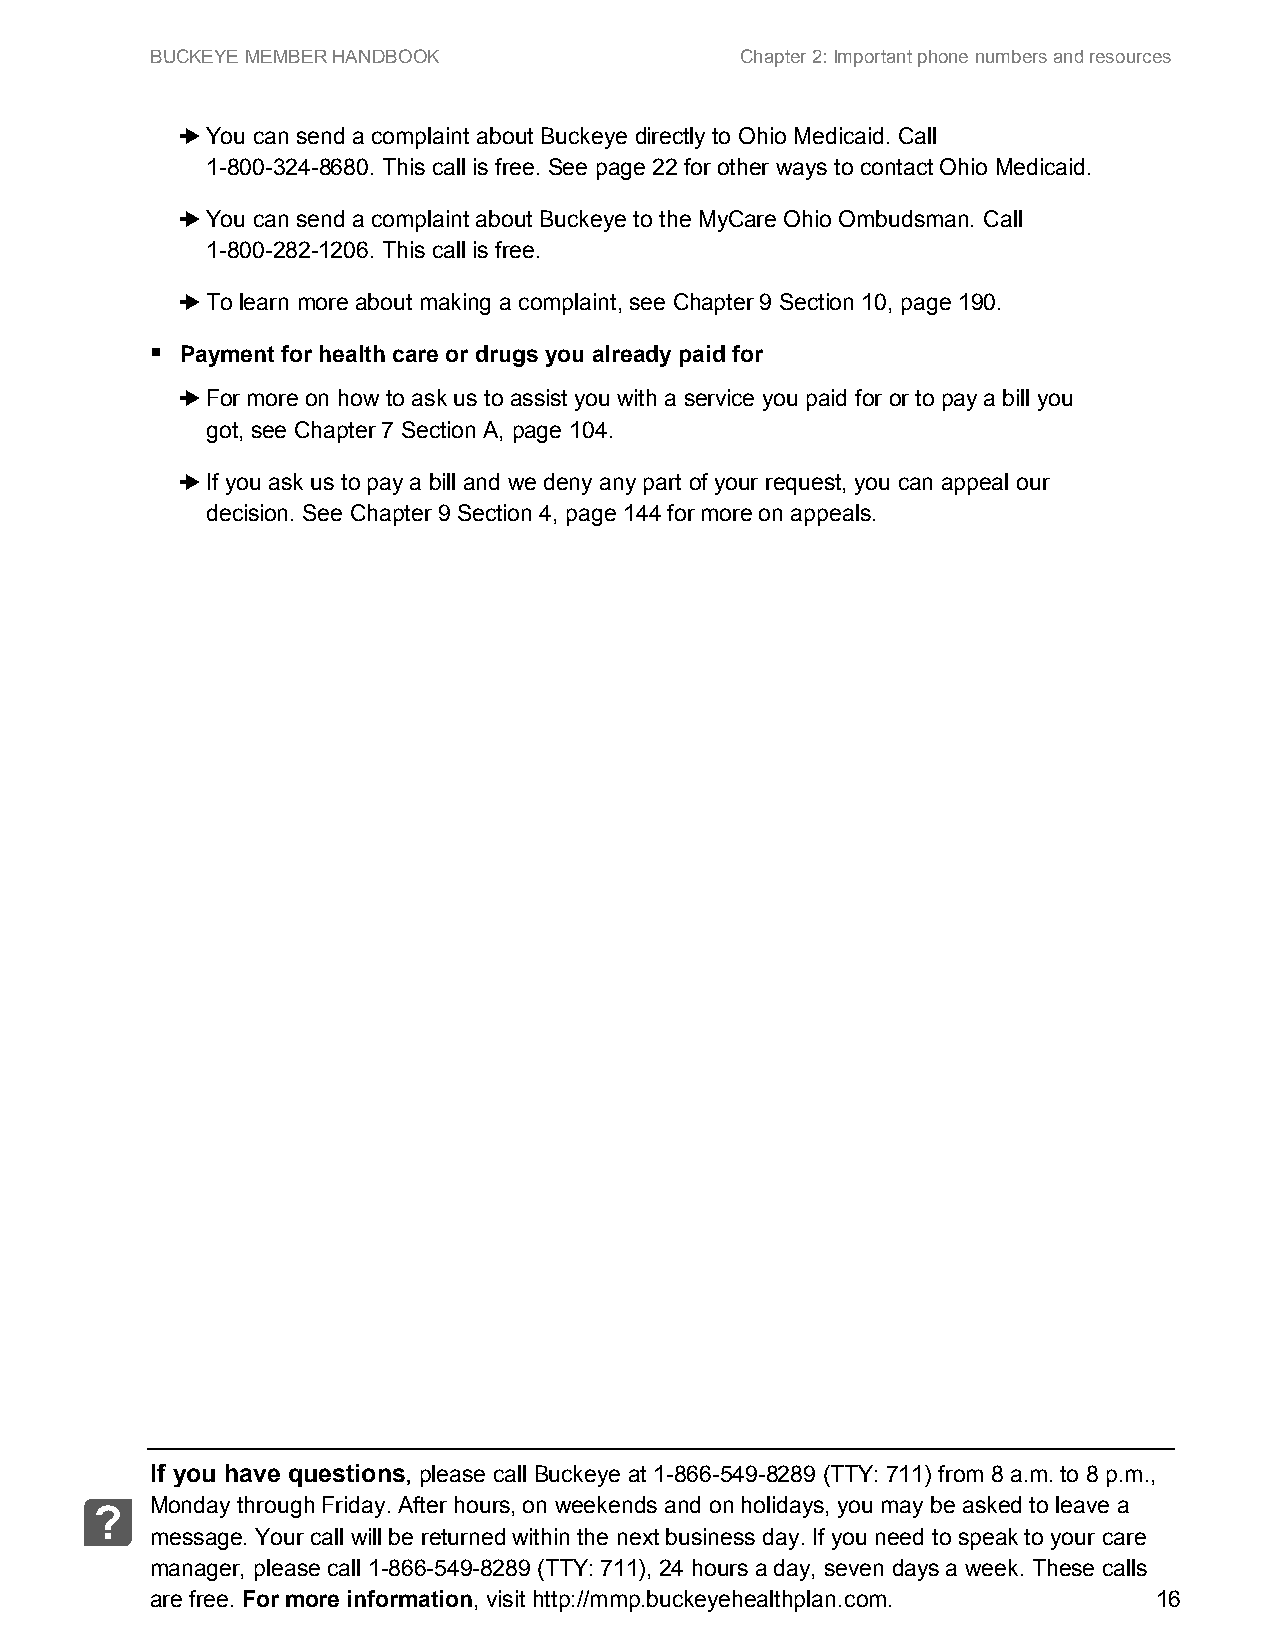
BUCKEYE MEMBER HANDBOOK                Chapter 2: Important phone numbers and resources
 ➜ You can send a complaint about Buckeye directly to Ohio Medicaid. Call
 1-800-324-8680. This call is free. See page 22 for other ways to contact Ohio Medicaid.
 ➜ You can send a complaint about Buckeye to the MyCare Ohio Ombudsman. Call
 1-800-282-1206. This call is free.
 ➜ To learn more about making a complaint, see Chapter 9 Section 10, page 190.
 
 Payment for health care or drugs you already paid for
 ➜ For more on how to ask us to assist you with a service you paid for or to pay a bill you
 got, see Chapter 7 Section A, page 104.
 ➜ If you ask us to pay a bill and we deny any part of your request, you can appeal our
 decision. See Chapter 9 Section 4, page 144 for more on appeals.
 If you have questions, please call Buckeye at 1-866-549-8289 (TTY: 711) from 8 a.m. to 8 p.m.,
 Monday through Friday. After hours, on weekends and on holidays, you may be asked to leave a
 ?
 message. Your call will be returned within the next business day. If you need to speak to your care
 manager, please call 1-866-549-8289 (TTY: 711), 24 hours a day, seven days a week. These calls
 are free. For more information, visit http://mmp.buckeyehealthplan.com. 16